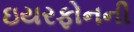
ઇયરફોનની